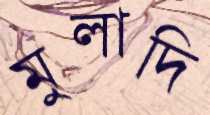
মুলাদি